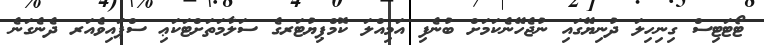
ޓޯޓަޓިސް ގިނިހިލަ ދުނިޔޭގައި ނުޖެހޭނެކަމަށް ބުނެފި އަމިއްލަ ކޮމްޕިޔުޓަރގެ ސަލާމަތަށްޓަކަޢި ސްޕައިވެއަރ ދެނެގަނެ